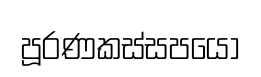
පූරණකස්සපයෝ